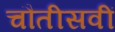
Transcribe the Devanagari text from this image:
चौतीसवीं